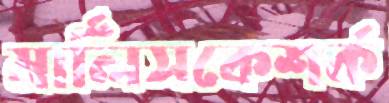
মার্লিসকেশর্ক